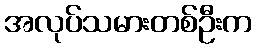
အလုပ်သမားတစ်ဦးက